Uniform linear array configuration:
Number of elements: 8
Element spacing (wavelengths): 0.75
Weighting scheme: hann
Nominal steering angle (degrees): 30
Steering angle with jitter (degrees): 29.593
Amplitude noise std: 0.05
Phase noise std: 0.05

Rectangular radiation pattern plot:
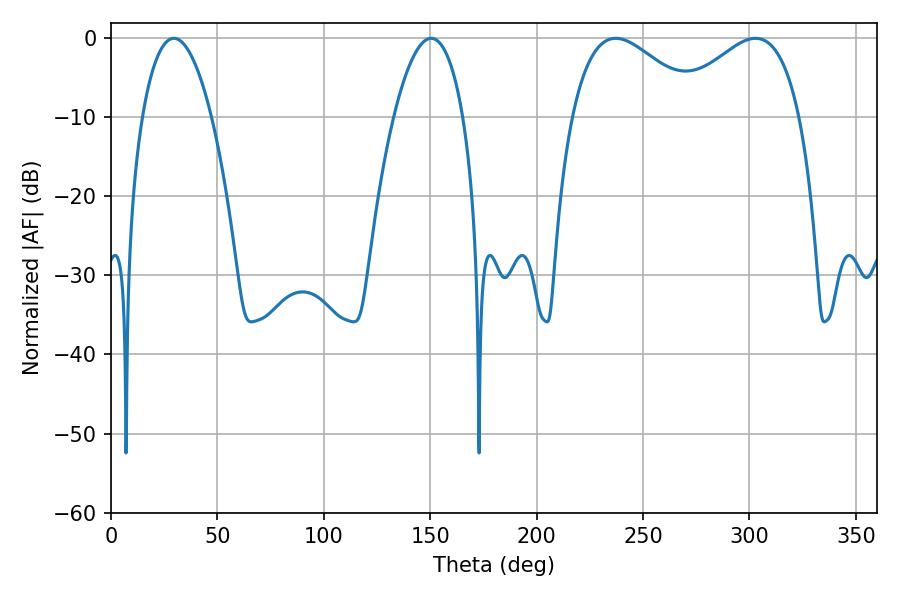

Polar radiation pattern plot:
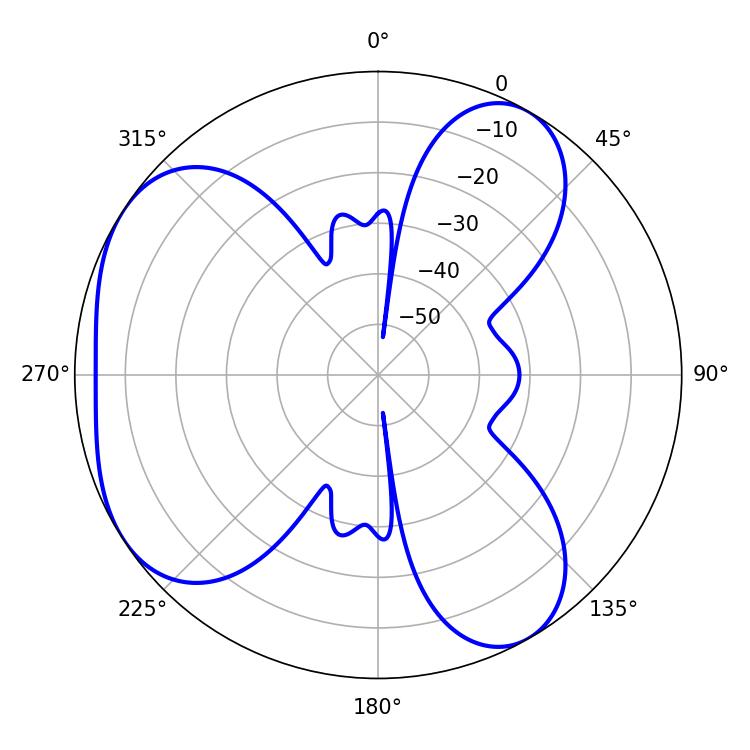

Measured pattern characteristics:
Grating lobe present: TRUE
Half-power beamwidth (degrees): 18.18
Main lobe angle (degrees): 29.52